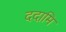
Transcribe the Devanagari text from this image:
ददामि